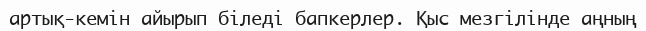
артық-кемін айырып біледі бапкерлер. Қыс мезгілінде аңның